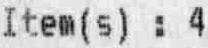
ITEM(S) : 4